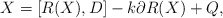
\begin{align*}X=[R(X), D]-k \partial R(X)+ Q,\end{align*}